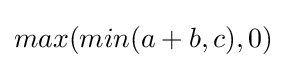
max(min(a+b,c),0)